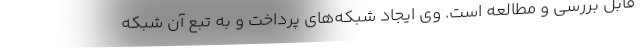
قابل بررسی و مطالعه است. وی ایجاد شبکه‌های پرداخت و به تبع آن شبکه